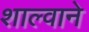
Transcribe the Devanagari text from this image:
शाल्वाने